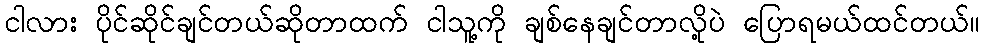
ငါလား ပိုင်ဆိုင်ချင်တယ်ဆိုတာထက် ငါသူ့ကို ချစ်နေချင်တာလို့ပဲ ပြောရမယ်ထင်တယ်။